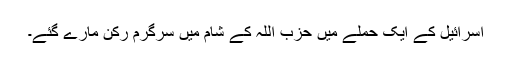
اسرائیل کے ایک حملے میں حزب اللہ کے شام میں سرگرم رکن مارے گئے۔